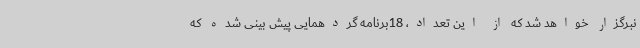
نبرگزار خواهد شد که از این تعداد، 18برنامه گردهمایی پیش بینی شده که